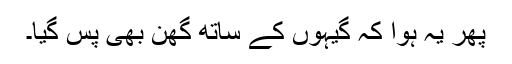
پھر یہ ہوا کہ گیہوں کے ساتھ گھن بھی پس گیا۔